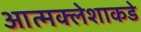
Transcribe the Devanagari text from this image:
आत्मक्लेशाकडे